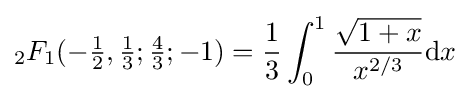
_{2}F_{1}(-{\tfrac {1}{2}},{\tfrac {1}{3}};{\tfrac {4}{3}};-1)={\frac {1}{3}}\int _{0}^{1}{\frac {\sqrt {1+x}}{x^{2/3}}}\mathrm {d} x